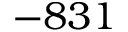
- 8 3 1